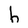
Character: h